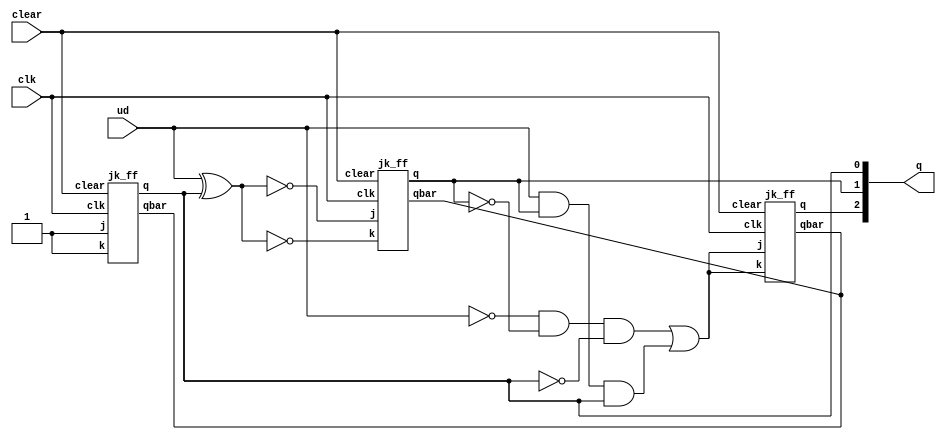


module sync_up_down(q, ud, clk, clear);
	
	input ud, clk, clear;
	output [0:2] q;
	
	wire j1, j2, j3, k1, k2, k3;

	assign j1 = (~ud&~q[1]&~q[2]) | (ud&q[1]&q[2]);
	assign k1 = (~ud&~q[1]&~q[2]) | (ud&q[1]&q[2]);
	jk_ff jk_1(q[0], , j1, k1, clear, clk);

	assign j2 = ~(ud^q[2]);
	assign k2 = !(ud^q[2]);
	jk_ff jk_2(q[1], , j2, k2, clear, clk);
	
	assign j3 = 1;
	assign k3 = 1;
	jk_ff jk_3(q[2], , j3, k3, clear, clk);

endmodule

module jk_ff(q, qbar, j, k, clear, clk);

    input j, k, clear, clk;
    output q, qbar;
    
    wire n1_out, n2_out, n3_out, n4_out, n5_out, n6_out, cbar;
    
    nand nand1(n1_out, j, qbar, clk, clear);
    nand nand2(n2_out, k, clk, q);
    
    nand nand3(n3_out, n1_out, n4_out);
    nand nand4(n4_out, n2_out, n3_out, clear);
    
    not n1(cbar, clk);
    
    nand nand5(n5_out, n3_out, cbar);
    nand nand6(n6_out, n4_out, cbar);
    
    nand nand7(q, n5_out, qbar);
    nand nand8(qbar, n6_out, q, clear);
    
endmodule